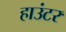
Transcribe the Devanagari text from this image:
हाउंटर